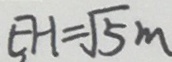
E H = \sqrt { 5 } m